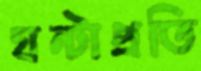
ঘন্টাপ্রতি